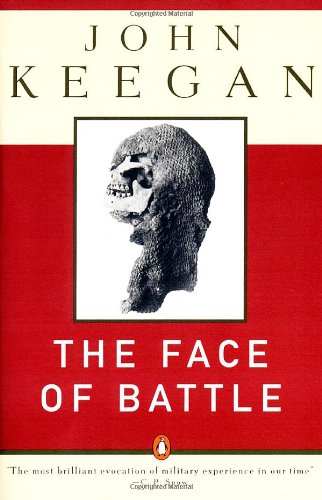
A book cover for The Face of Battle: A Study of Agincourt, Waterloo, and the Somme; John Keegan; History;